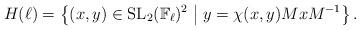
LaTeX: \begin{align*}H(\ell)=\left\{ (x,y) \in \operatorname{SL}_2(\mathbb{F}_\ell)^2 \bigm\vert y=\chi(x,y) MxM^{-1} \right\}.\end{align*}